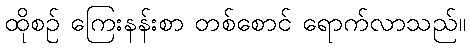
ထိုစဉ် ကြေးနန်းစာ တစ်စောင် ရောက်လာသည်။